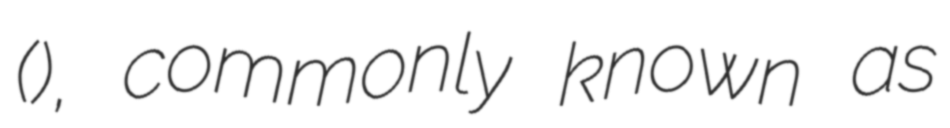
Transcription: (ΣΑΕ), commonly known as